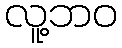
လူ့ဘဝ